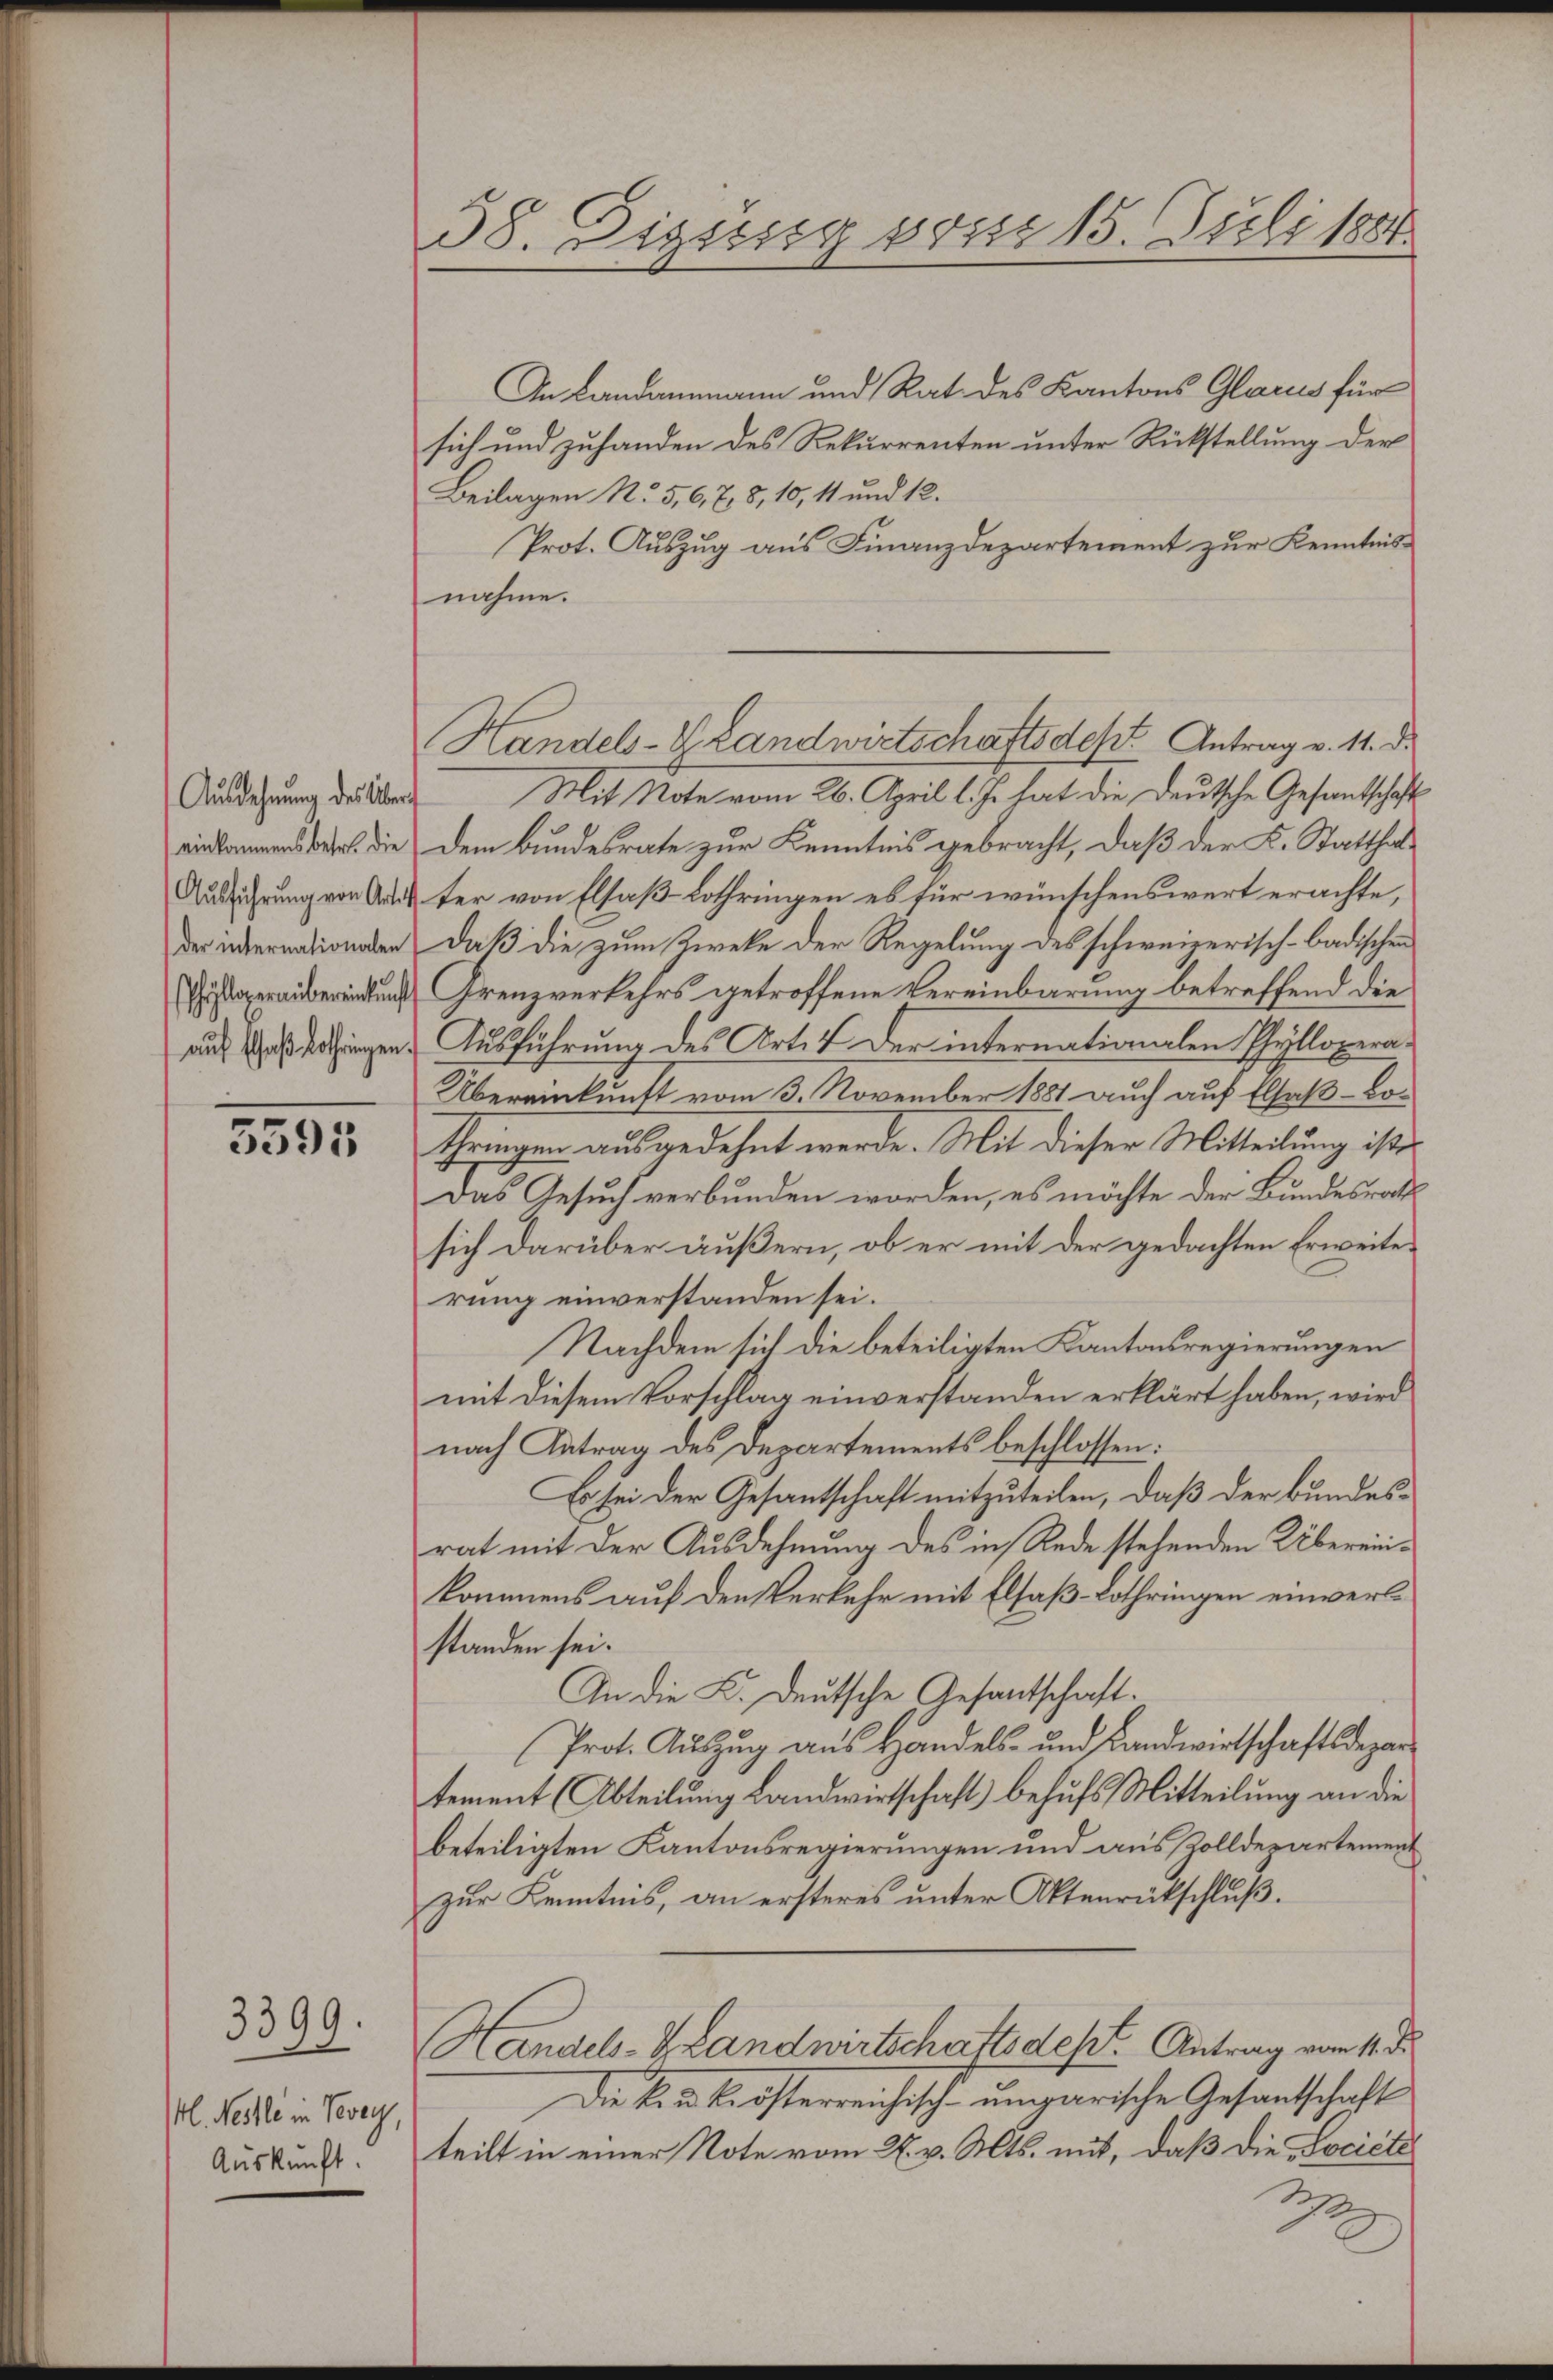
Ausdehnung des Übern
einkommens betr. die
Ausführung von Art.
der internationalen
hylloweraubereinkunft
auf Gaß Lothringen.

3595

3399.
l. Nestle in Vevey,
Auskunft.

58. Diessung von 15. Juli 1881

An Landammann und Rat des Kantons Glarus für
sich und zuhanden des Rekurrenten unter Rückstellung der
Beilagen N. 5, 6, 7, 8, 10, 11 und 12.
Prot. Auszug aus Finanzdepartement zur Kenntnisnahme.
Mit Note vom 26. April l. Js. hat die Deutsche Gesandtschaft
Dem Bundesrate zur Kenntnis gebracht, daß der K. Statthalter von Elsaß-Lothringen es für wünschenswert erachte,
daß die zum Zweke der Regelung des schweizerisch-badischen
Grenzverkehrs getroffene Vereinbarung betreffend die¬
Ausführung des Art. 4 der internationalen Phyllopera
Übereinkunft vom 3. November 1881 auch auf Elsaß-Bothringen ausgedehnt werde. Mit dieser Mitteilung ist
Das Gesuch verbunden worden, es möchte der Bundesrath
sich darüber äußern, ob er mit der gedachten Erweiterung einverstanden sei.
Nachdem sich die beteiligten Kantonsregierungen
mit diesem Vorschlag einverstanden erklärt haben, wird
nach Antrag des Departements beschlossen:
Es sei der Gesantschaft mitzuteilen, daß der Bundesrat mit der Ausdehnung des in Rede stehenden Übereinkommens auf den Verkehr mit Elsaß-Lothringen einverlstanden sei.
An die L. Deutsche Gesantschaft.
Prot. Auszug aus Handels- und Landwirtschaftsdepar
tement (Abteilung Landwirtschaft) behufs Mitteilung an die
beteiligten Kantonsregierungen und aus Zolldepartement
zur Kenntnis, an ersteres unter Ottenrückschluß.
Handels- & Landwirtschaftsdest. Antrag vom 11. d.
Die kaukrösterreichisch-ungarische Gesantschaft
teilt in einer Note vom 27. v. Mts. mit, daß die Lociete
2
.

Handels-G. Landwirtschaftsdest Antrag v. 11. d.